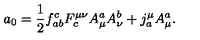
a _ { 0 } = \frac { 1 } { 2 } f _ { a b } ^ { c } F _ { c } ^ { \mu \nu } A _ { \mu } ^ { a } A _ { \nu } ^ { b } + j _ { a } ^ { \mu } A _ { \mu } ^ { a } .